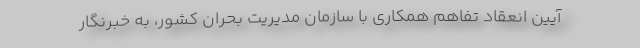
آیین انعقاد تفاهم همکاری با سازمان مدیریت بحران کشور، به خبرنگار